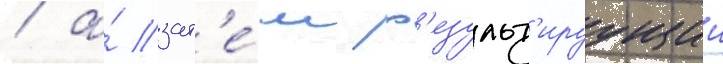
/ а́ зат'е́м р'езульт'ируущии